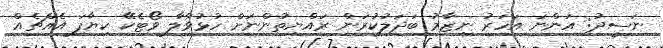
ނަސީދު: އަންނަ އަހަރު ނިޒާމު ބަދަލުކުރަން ރައްޔިތުންނަަށް ހުޅުވާލާ ވޯޓެކޭ ކިޔާފަ އެއްޗެއް